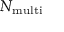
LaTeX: N _ { \mathrm { m u l t i } }